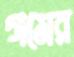
গমের